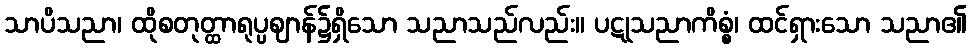
သာပိသညာ၊ ထိုစတုတ္ထာရုပ္ပဈာန်၌ရှိသော သညာသည်လည်း။ ပဋုသညာကိစ္စံ၊ ထင်ရှားသော သညာ၏